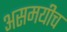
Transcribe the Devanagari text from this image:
असमयीच